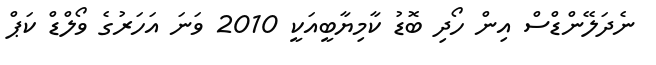
ނެދަލޭންޑްސް އިން ހޯދި ބޮޑު ކާމިޔާބީއަކީ 2010 ވަނަ އަހަރުގެ ވޯލްޑް ކަޕް